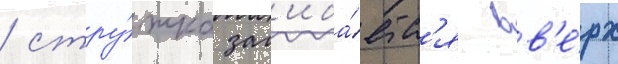
/ стру́жка заг'иба́етс'я вв'е́рх